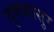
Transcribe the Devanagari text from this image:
वृषभासुर